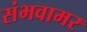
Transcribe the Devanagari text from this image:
संभवामर